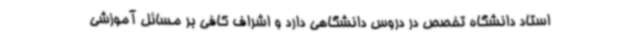
استاد دانشگاه تخصص در دروس دانشگاهی دارد و اشراف کافی بر مسائل آموزشی